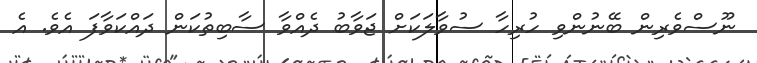
ނޫސްވެރިން ބޭނުންވި ހުރިހާ ސުވާލަކަށް ޖަވާބު ދެއްވާ ސާބިތުކަން ދައްކަވާފަ އެވެ. އެ